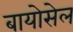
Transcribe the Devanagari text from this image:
बायोसेल